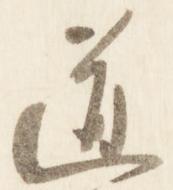
道